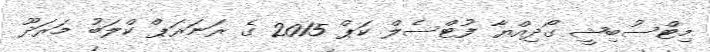
މިޓްސުބިޝީ ގޯދިއްޔާ ފުޓްސެލް ކަޕް 2015 ގެ ރަނަރަޕް ކްލަބު މަރަދޫ